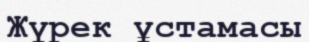
Жүрек ұстамасы